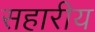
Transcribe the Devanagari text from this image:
सहारीय